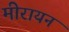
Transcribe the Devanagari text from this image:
मीरायन